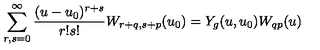
\sum _ { r , s = 0 } ^ { \infty } { \frac { ( u - u _ { 0 } ) ^ { r + s } } { r ! s ! } } W _ { r + q , s + p } ( u _ { 0 } ) = Y _ { g } ( u , u _ { 0 } ) W _ { q p } ( u )